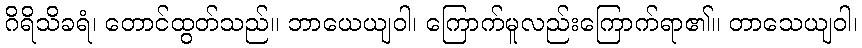
ဂိရိသိခရံ၊ တောင်ထွတ်သည်။ ဘာယေယျဝါ၊ ကြောက်မူလည်းကြောက်ရာ၏။ တာသေယျဝါ၊